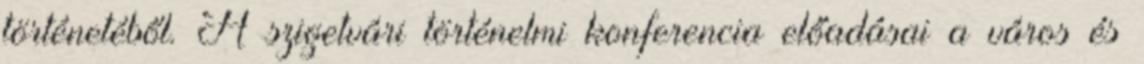
történetéből. A szigetvári történelmi konferencia előadásai a város és